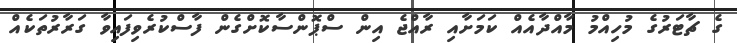
ގެ ޗާޓަރުގެ މުހިއްމު މާއްދާއެއް ކަމަށާއި ރާއްޖެ އިން ސްޕޮންސާކޮށްގެން ފާސްކުރެވިފައިވާ ގަރާރުތަކެއް